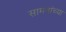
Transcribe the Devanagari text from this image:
सामनांच्या